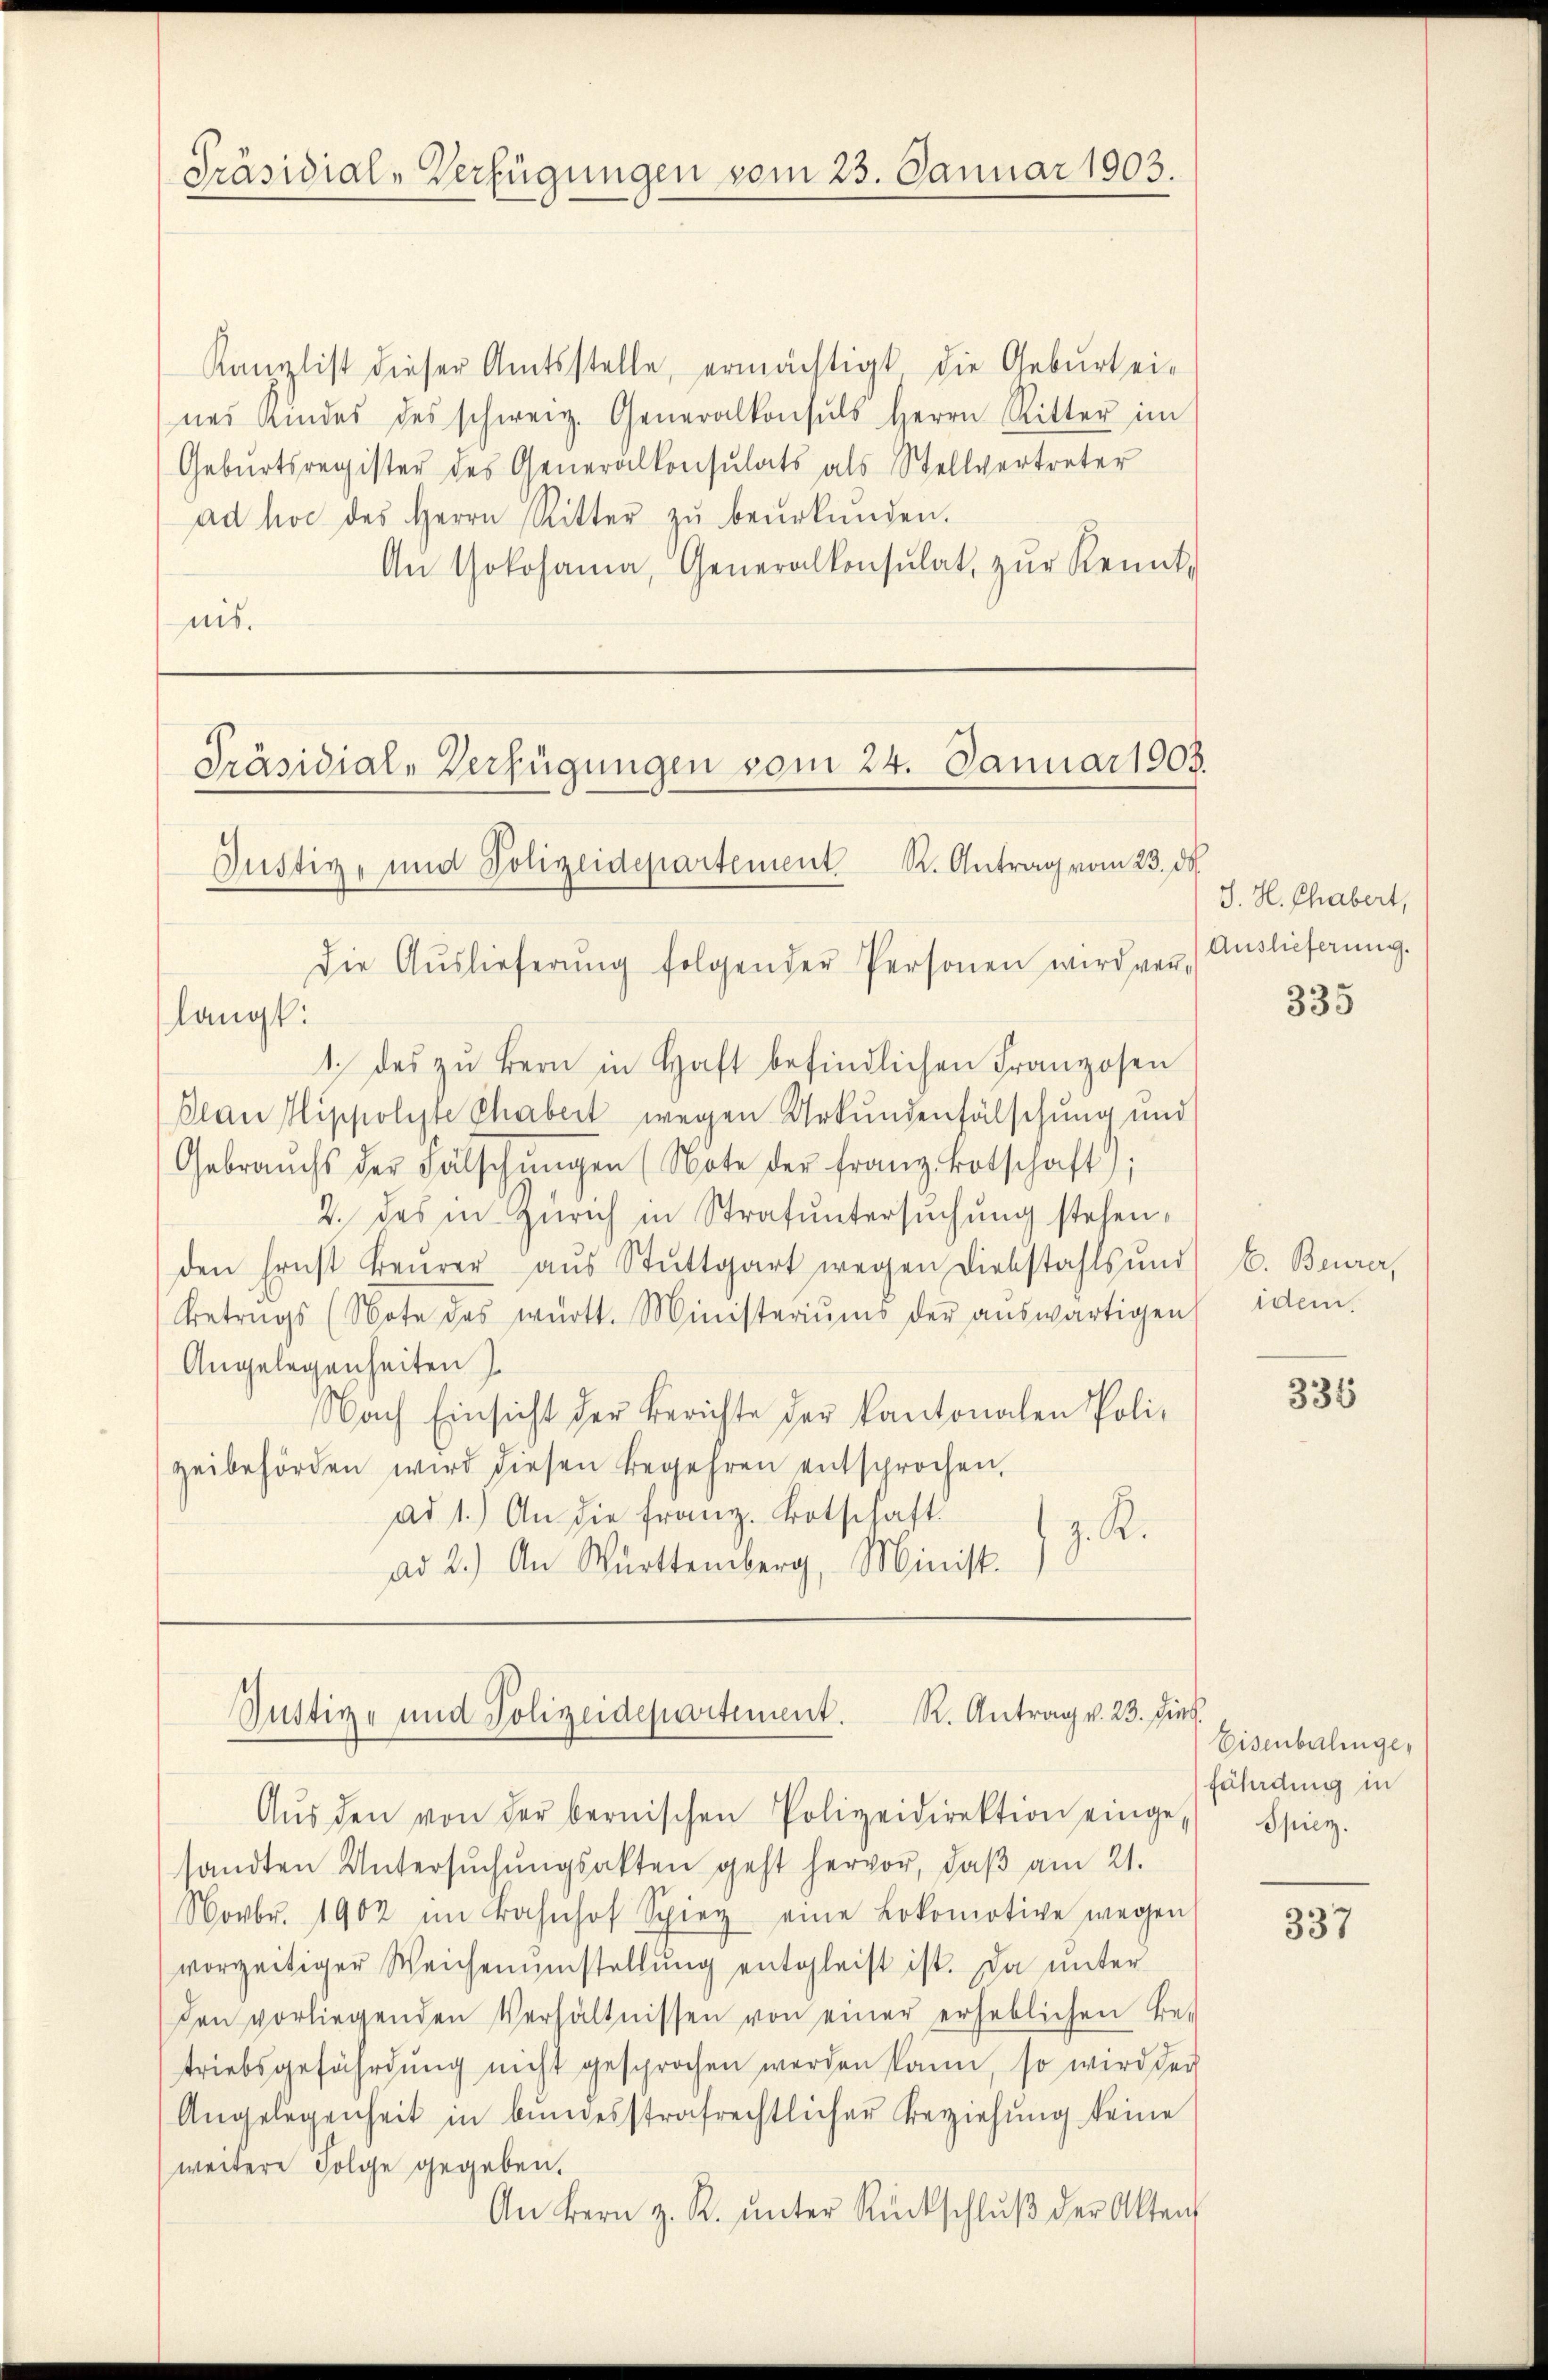
Präsidial-Verfügungen vom 25. Januar 1903.

Kanalist dieser Amtsstelle, ermächtigt die Geburt ei-
nes Kindes des schweiz. Generalkonsuls Herrn Ritter im
Gebŭrtsregister des Generalkonsulats als Stellvertreter
ad hoc des Herrn Ritter zŭ beŭrkŭnden.
An Yokohanna, Generalkonsulat, zŭr Kennt-
nis.

Präsidial-Verfügungen vom 24. Januar 1905.
Justiz- und Polizeidepartement K. Antrag vom 23. ds.
Die Aŭslieferŭng folgender Personen wird ver-

langt:
1. das zu Bern in Haft befindlichen Franzosen
Plan Nippolyte Chabert wegen Urkundenfälschung und
Gebrauchs der Fälschŭngen (Note der franz Botschaft);
2. das in Zürich in Strafuntersuchung stehen,
den Ernst beŭrer aŭs Stuttgart wegen Diebstahls und
Betrags (Note des württ. Ministeriums der aŭswärtigen,
Angelegenheiten
Nach Einsicht der Berichte der Kantonalen Poli-
zeibehörden wird diesen Begehren entsprochen,
ad 1.) An die franz. Botschaft.
z. R.
ad 2.) An Württemberg, Minist.

sandten Untersŭchŭngsakten geht hervor, daβ am 21.
Novbr. 1902 im Bahnhof Spieg eine Lokomotive wegen
vorzeitiger Weichenumstellŭng entgleist ist. Da unter
den vorliegenden Verhältnissen von einer erheblichen Be-
triebsgefährdung nicht gesprochen werden kann, so wird der
Angelegenheit in bŭndesstrafrechtlicher Beziehung keine
weitere Folge gegeben.
An Bern z. R. ŭnter Rückschlŭβ der Akten

Justiz- und Polizeidepartement. R. Antrag v. 23. dies
Aŭs den von der bernischen Polizeidirektion einge Spiez.

J. H. Chabert,
Auslieferung.

335

E. Beurer,
idem.

335

Eisenbalingefährdung in

337